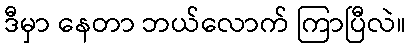
ဒီမှာ နေတာ ဘယ်လောက် ကြာပြီလဲ။